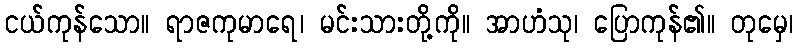
ငယ်ကုန်သော။ ရာဇကုမာရေ၊ မင်းသားတို့ကို။ အာဟံသု၊ ပြောကုန်၏။ တုမှေ၊